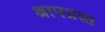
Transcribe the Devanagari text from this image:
श्रापग्रस्त